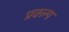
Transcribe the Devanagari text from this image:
प्रक्ल्प